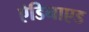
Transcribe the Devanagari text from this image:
ऐडिनाएड